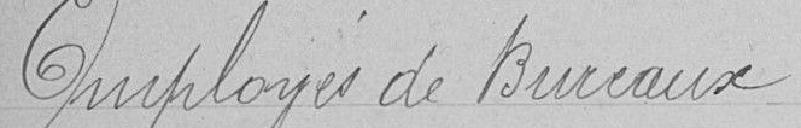
Employée de bureaux